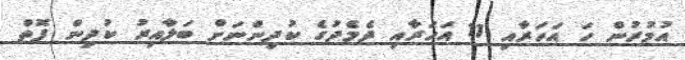
އުމުރުން ހަ އަހަރާއި 11 އަހަރާއި ދެމެދުގެ ކުދިންނަށް ބަލާއިރު ކުދިން ފޮތް